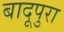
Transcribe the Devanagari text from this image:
बादूपुरा